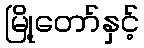
မြို့တော်နှင့်